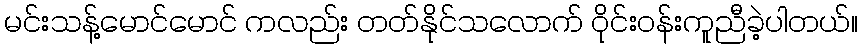
မင်းသန့်မောင်မောင် ကလည်း တတ်နိုင်သလောက် ဝိုင်းဝန်းကူညီခဲ့ပါတယ်။